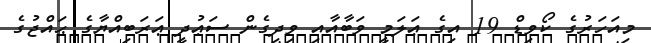
މިއަހަރުގެ ކޯވިޑް 19 އިގެ ޢަލަމީ ވަބާއާއި ވިދިގެން ސަޢުދީ ޢަރަބިއްޔާގެ ޙައްޖުގެ